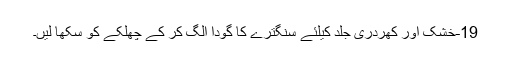
19-خشک اور کھردری جلد کیلئے سنگترے کا گودا الگ کر کے چھلکے کو سکھا لیں۔